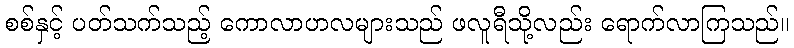
စစ်နှင့် ပတ်သက်သည့် ကောလာဟလများသည် ဖလူရီသို့လည်း ရောက်လာကြသည်။